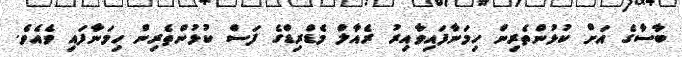
ބާސާގެ އަށް ކުޅުންތެރިން ހިމަނާފައިވާއިރު ރެއާލް މެޑްރިޑްގެ ފަސް ކުޅުންތެރިން ހިމަނާފައި ވެއެވެ.